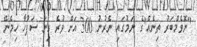
"ނޮވެމްބަރު ތިނެއް"ގެ ނަމުގައި ނެރުނު 300 އަށް ވުރެ ގިނަ ސަފުހާ ހިމެނޭ